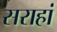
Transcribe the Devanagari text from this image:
सराहां